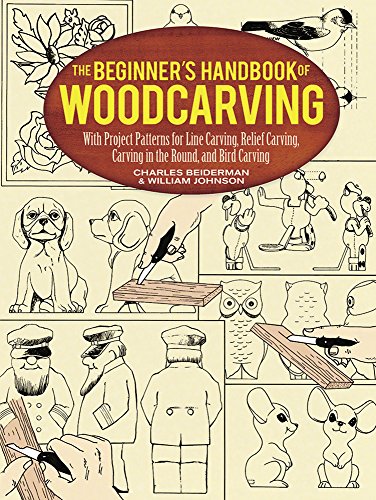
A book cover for The Beginner's Handbook of Woodcarving: With Project Patterns for Line Carving, Relief Carving, Carving in the Round, and Bird Carving; Charles Beiderman; Crafts, Hobbies & Home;